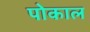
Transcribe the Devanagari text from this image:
पोकाल